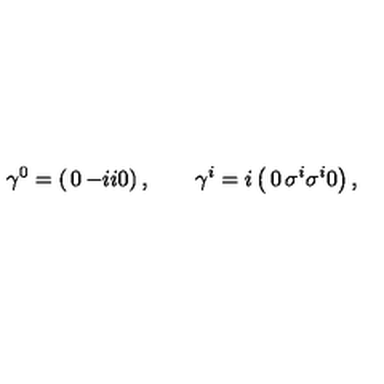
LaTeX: \gamma ^ { 0 } = \left( \begin{matrix} { 0 } & { - i } \\ { i } & { 0 } \\ \end{matrix} \right) , \qquad \gamma ^ { i } = i \left( \begin{matrix} { 0 } & { \sigma ^ { i } } \\ { \sigma ^ { i } } & { 0 } \\ \end{matrix} \right) ,